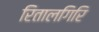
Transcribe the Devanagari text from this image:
रितालगिरि